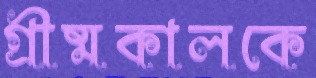
গ্রীষ্মকালকে